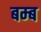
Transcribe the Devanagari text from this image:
बम्‍ब